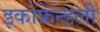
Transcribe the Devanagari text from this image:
इकोफ्रेन्डली